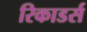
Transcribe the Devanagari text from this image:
रिकाडर्स